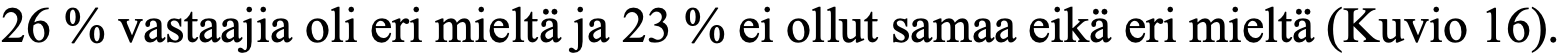
26 % vastaajia oli eri mieltä ja 23 % ei ollut samaa eikä eri mieltä (Kuvio 16).